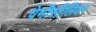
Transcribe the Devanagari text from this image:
पेनीसीलियम